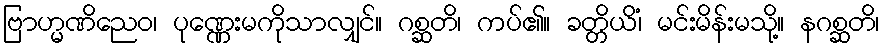
ဗြာဟ္မဏိညေဝ၊ ပုဏ္ဏေးမကိုသာလျှင်။ ဂစ္ဆတိ၊ ကပ်၏။ ခတ္တိယိံ၊ မင်းမိန်းမသို့။ နဂစ္ဆတိ၊